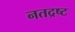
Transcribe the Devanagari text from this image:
नतद्रष्ट